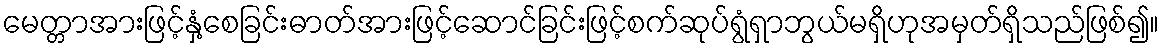
မေတ္တာအားဖြင့်နှံ့စေခြင်းဓာတ်အားဖြင့်ဆောင်ခြင်းဖြင့်စက်ဆုပ်ရွံရှာဘွယ်မရှိဟုအမှတ်ရှိသည်ဖြစ်၍။